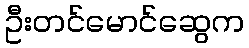
ဦးတင်မောင်ဆွေက